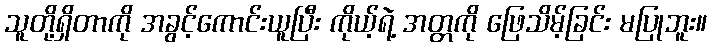
သူတို့ရှိတာကို အခွင့်ကောင်းယူပြီး ကိုယ့်ရဲ့ အတ္တကို ဖြေသိမ့်ခြင်း မပြုဘူး။